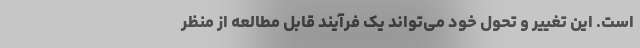
است. این تغییر و تحول خود می‌تواند یک فرآیند قابل مطالعه از منظر